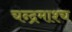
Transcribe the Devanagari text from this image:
चन्द्रमाश्च